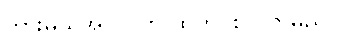
ဘားမယ်အလုပ်ကို ထွက်ပစ်လိုက်မည်။